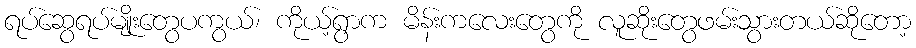
ရပ်ဆွေရပ်မျိုးတွေပကွယ်၊ ကိုယ့်ရွာက မိန်းကလေးတွေကို လူဆိုးတွေဖမ်းသွားတယ်ဆိုတော့